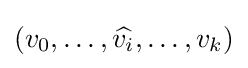
(v_{0},\dots ,{\widehat {v_{i}}},\dots ,v_{k})